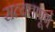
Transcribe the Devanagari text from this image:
सत्यतापूर्ण